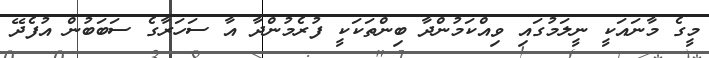
މީގެ މާނައަކީ ނީލަމުގައި ވިއްކަމުންދާ ބިންތަކަކީ ފުރެމުންދާ އާ ސަހަރާގެ ސަބަބުން އުފެދޭ